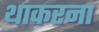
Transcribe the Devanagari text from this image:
थाकरना